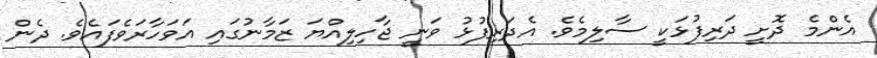
އެންމެ ދޮށީ ދަރިފުޅަކީ ސާލިމެވެ. އެދަރިފުޅު ވަނީ ޖާހިލިއްޔަ ޒަމާނުގައި އަވަހާރަވެފައެވެ. ދެން